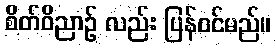
စိတ်ဝိညာဉ် လည်း ပြန်ဝင်မည်။